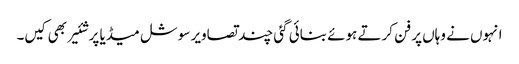
انہوں نے وہاں پر فن کرتے ہوئے بنائی گئی چند تصاویر سوشل میڈیا پر شئیر بھی کیں۔